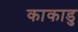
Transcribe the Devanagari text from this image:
काकाडु